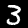
Digit: 3